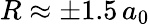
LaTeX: R\approx\pm 1.5\, a_{0}